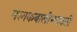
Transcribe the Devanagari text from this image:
मस्तकवालीभगवती